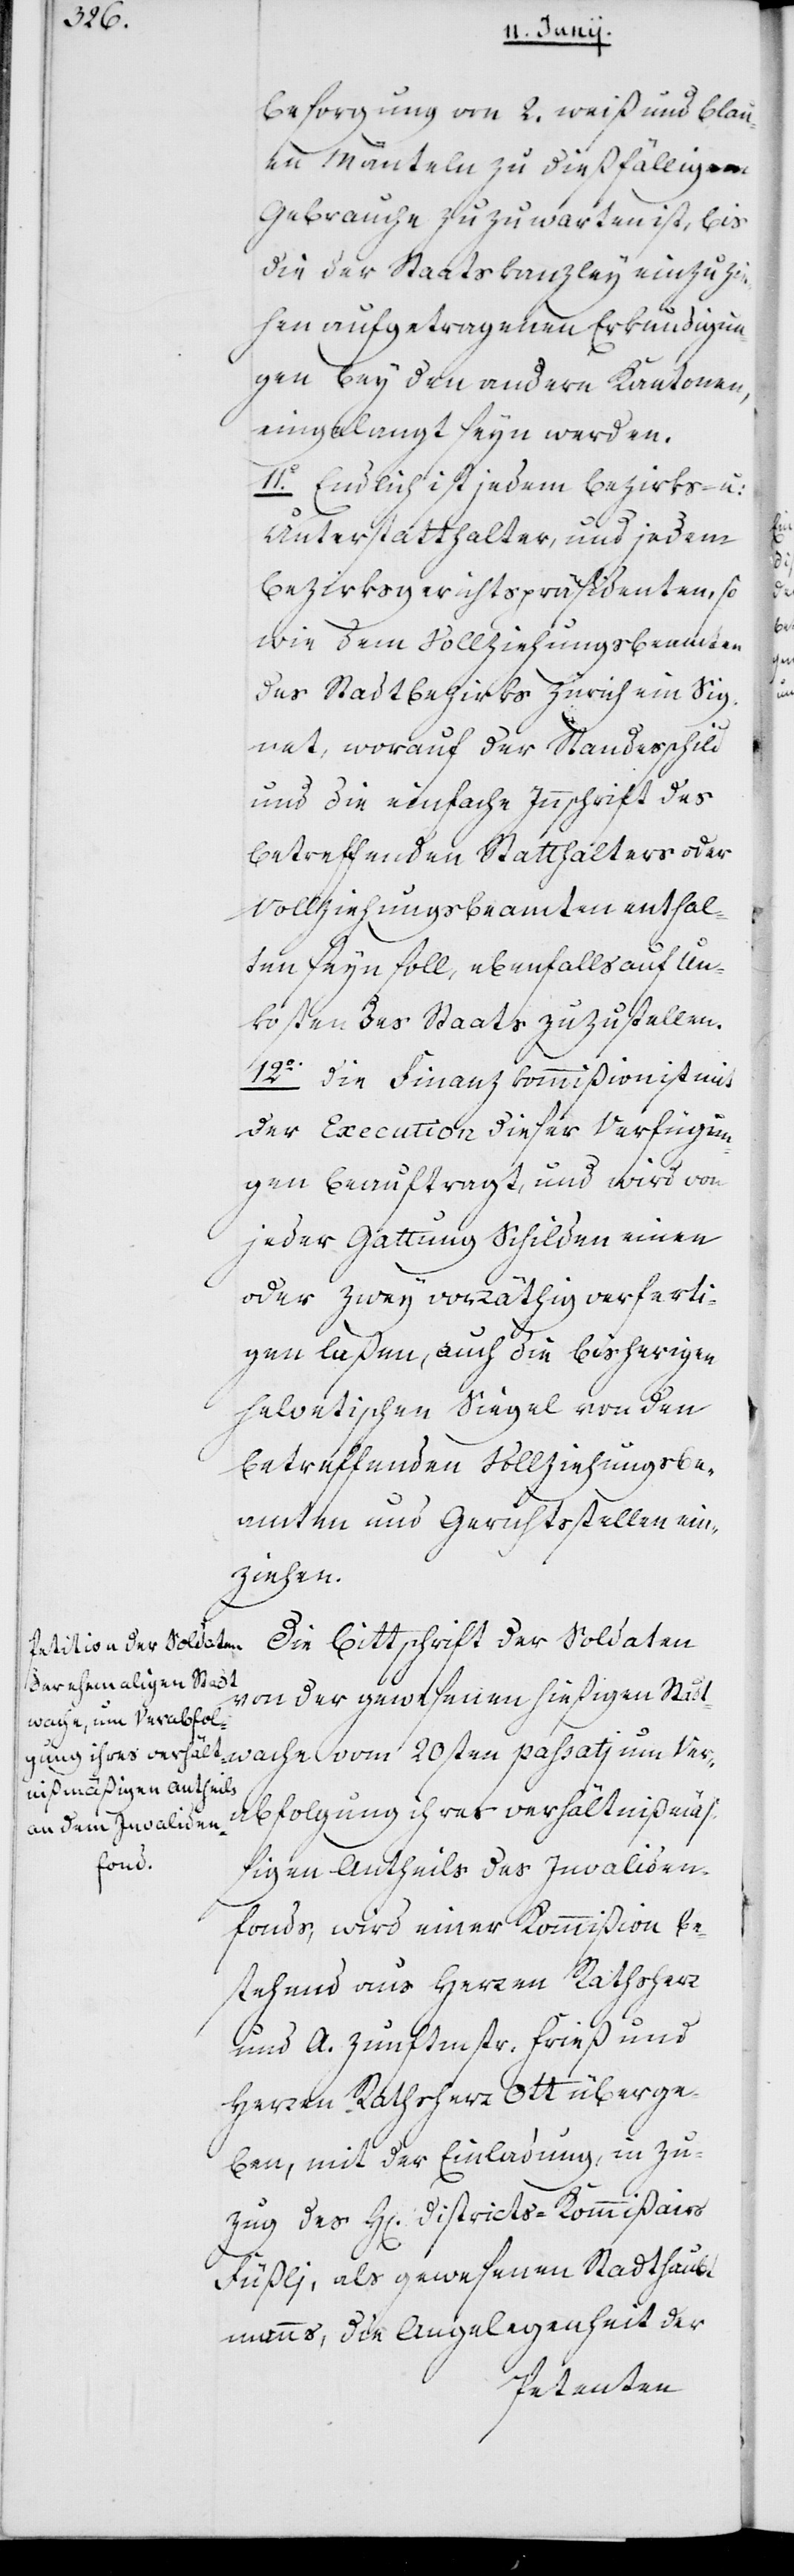
Ver¬

Besorgung von 2. weiß und blau¬
en Mänteln, zu dießfälligem
Gebrauche zuzuwarten ist, bis
die der Staatskanzley einzuzie¬
hen aufgetragenen Erkundigun¬
gen bey den andern Kantonen,
eingelangt seyn werden.
11o. Endlich ist jedem Bezirks- und
Unterstatthalter und jedem
Bezirksgerichts-Präsidenten so¬
wie dem Vollziehungsbeamteten
des Stadtbezirks Zürich ein Sig¬
net, worauf der Standesschild
und die einfache Innschrift des
betreffenden Statthalters oder
Vollziehungsbeamten enthal¬
ten sein soll, ebenfalls auf Un¬
kosten des Staats zuzustellen.
12o. Die Finanzkommißion ist mit
der Execution dieser Verfügun¬
gen beauftragt, und wird von
jeder Gattung Schilden einen
oder zwey vorräthig verferti¬
gen laßen, auch die bisherigen
helvetischen Siegel von den
betreffenden Vollziehungsbe¬
amten und Gerichtsstellen ein¬
wache
Die Bittschrift der Soldaten
von der gewesenen hießigen Stadt¬
abfolgung ihres verhältnißmä¬
ßigen Antheils des Invaliden¬
fonds, wird einer Kommißion be¬
stehend aus Herren Rathsherr
und A. Zunftmstr. Frieß und
Herren Rathsherr Ott überge¬
ben, mit der Einladung, in Zu¬
zug des Herrn Districts-Kommißairs
Füßlj, als gewesenen Stadthaubt¬
manns, die Angelegenheit der